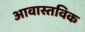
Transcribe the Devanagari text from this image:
आवास्तविक